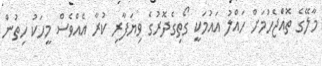
މާލޭގެ ތޮއްެޖެހުމަށް ހައްލު އައުމަކީ ގޯތިގެދޮރުގެ ވިޔަފާރި ކުރާ އެއްވެސް މީހަކު ހިތުން